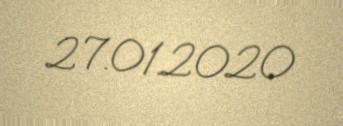
27.01.2020